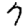
Digit: 7